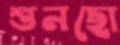
শুনছো